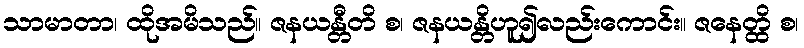
သာမာတာ၊ ထိုအမိသည်။ ဇနယန္တီတိ စ၊ ဇနယန္တိဟူ၍လည်းကောင်း။ ဇနေတ္ထိ စ၊